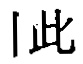
此